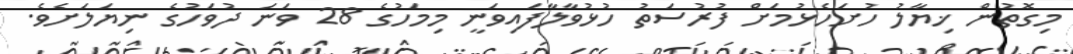
މިގޮތުން ޚިޔާލު ހުށަހެޅުމަށް ފުރުސަތު ހުޅުވާލާފައިވަނީ މިމަހުގެ 28 ވަނަ ދުވަހުގެ ނިޔަލަށެވެ.